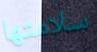
سلامتها